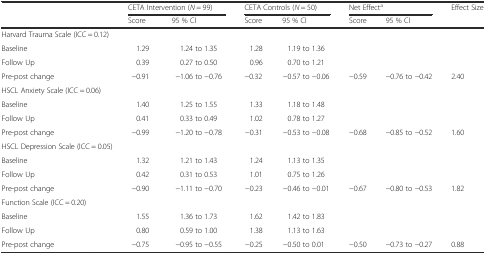
|  | <COLSPAN=2> CETA Intervention (N = 99) | <COLSPAN=2> CETA Controls (N = 50) | <COLSPAN=2> Net Effecta | Effect Size |
 |  | Score | 95 % CI | Score | 95 % CI | Score | 95 % CI |  |
 | --- | --- | --- | --- | --- | --- | --- | --- |
 | Harvard Trauma Scale (ICC = 0.12) |  |  |  |  |  |  |  |
 | Baseline | 1.29 | 1.24 to 1.35 | 1.28 | 1.19 to 1.36 |  |  |  |
 | Follow Up | 0.39 | 0.27 to 0.50 | 0.96 | 0.70 to 1.21 |  |  |  |
 | Pre-post change | −0.91 | −1.06 to −0.76 | −0.32 | −0.57 to −0.06 | −0.59 | −0.76 to −0.42 | 2.40 |
 | HSCL Anxiety Scale (ICC = 0.06) |  |  |  |  |  |  |  |
 | Baseline | 1.40 | 1.25 to 1.55 | 1.33 | 1.18 to 1.48 |  |  |  |
 | Follow Up | 0.41 | 0.33 to 0.49 | 1.02 | 0.78 to 1.27 |  |  |  |
 | Pre-post change | −0.99 | −1.20 to −0.78 | −0.31 | −0.53 to −0.08 | −0.68 | −0.85 to −0.52 | 1.60 |
 | <COLSPAN=2> HSCL Depression Scale (ICC = 0.05) |  |  |  |  |  |  |
 | Baseline | 1.32 | 1.21 to 1.43 | 1.24 | 1.13 to 1.35 |  |  |  |
 | Follow Up | 0.42 | 0.31 to 0.53 | 1.01 | 0.75 to 1.26 |  |  |  |
 | Pre-post change | −0.90 | −1.11 to −0.70 | −0.23 | −0.46 to −0.01 | −0.67 | −0.80 to −0.53 | 1.82 |
 | Function Scale (ICC = 0.20) |  |  |  |  |  |  |  |
 | Baseline | 1.55 | 1.36 to 1.73 | 1.62 | 1.42 to 1.83 |  |  |  |
 | Follow Up | 0.80 | 0.59 to 1.00 | 1.38 | 1.13 to 1.63 |  |  |  |
 | Pre-post change | −0.75 | −0.95 to −0.55 | −0.25 | −0.50 to 0.01 | −0.50 | −0.73 to −0.27 | 0.88 |